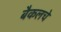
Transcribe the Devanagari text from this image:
बैकलचे